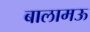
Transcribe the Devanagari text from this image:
बालामऊ